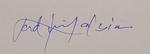
Signature authenticity: genuine